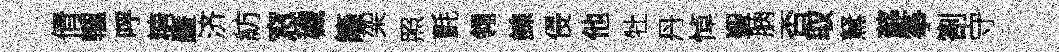
倩轤呼糖廱济紡窓穢籬架照氈翎諫侵他牡丹悼聖朒否取駑蘚筝劄守